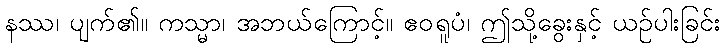
နဿ၊ ပျက်၏။ ကသ္မာ၊ အဘယ်ကြောင့်။ ဧဝရူပံ၊ ဤသို့ခွေးနှင့် ယဉ်ပါးခြင်း